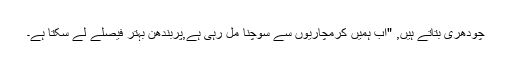
چودھری بتاتے ہیں, "اب ہمیں کرمچاریوں سے سوچنا مل رہی ہے,پربندھن بہتر فیصلے لے سکتا ہے۔